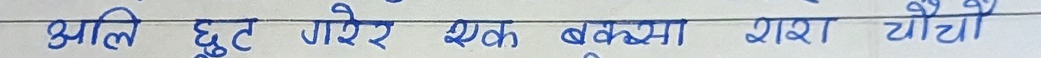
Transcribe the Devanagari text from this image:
झा लि छुट गएर एक बक्सा राश चौटौ